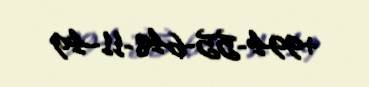
+994-55-648-11-49